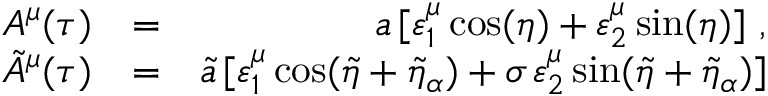
\begin{array} { r l r } { A ^ { \mu } ( \tau ) } & { = } & { a \, [ \varepsilon _ { 1 } ^ { \mu } \cos ( \eta ) + \varepsilon _ { 2 } ^ { \mu } \sin ( \eta ) ] \ , } \\ { \tilde { A } ^ { \mu } ( \tau ) } & { = } & { \tilde { a } \, [ \varepsilon _ { 1 } ^ { \mu } \cos ( \tilde { \eta } + \tilde { \eta } _ { \alpha } ) + \sigma \, \varepsilon _ { 2 } ^ { \mu } \sin ( \tilde { \eta } + \tilde { \eta } _ { \alpha } ) ] } \end{array}